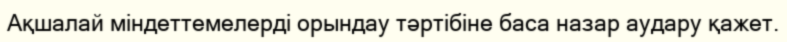
Ақшалай міндеттемелерді орындау тәртібіне баса назар аудару қажет.